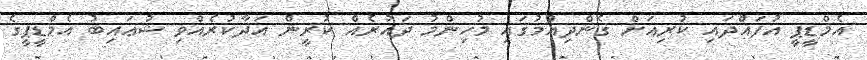
އެމްޑީޕީ އުފައްދައި ކުރިއަށް ގެންދިއުމުގައި މުހިންމު ދައުރެއް ކުރީން އަދާކުރެއްވި ޝުޢައިބު އެމްޑީޕީގެ